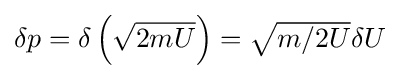
{\textstyle \delta p=\delta \left({\sqrt {2mU}}\right)={\sqrt {{m}/{2U}}}\delta U}